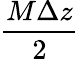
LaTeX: \frac{M\Delta z}{2}